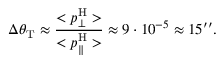
\Delta \theta _ { \mathrm { { T } } } \approx \frac { < p _ { \bot } ^ { \mathrm { { H } } } > } { < p _ { \parallel } ^ { \mathrm { { H } } } > } \approx 9 \cdot 1 0 ^ { - 5 } \approx 1 5 ^ { \prime \prime } .